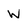
Character: W